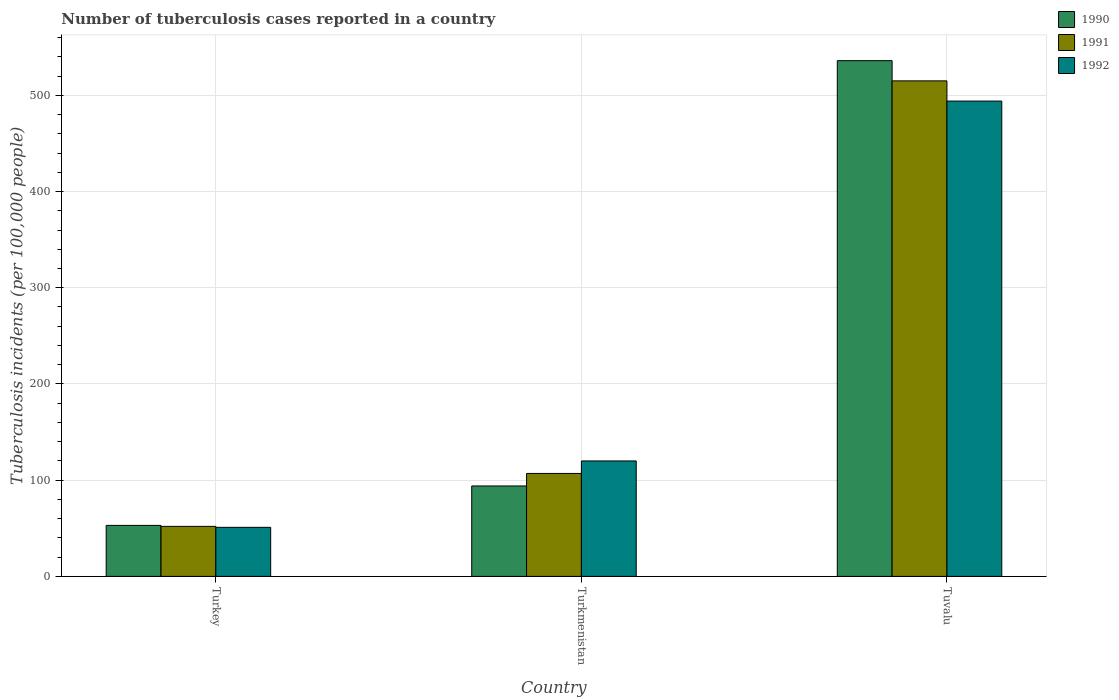
| Country | 1990 | 1991 | 1992 |
 | --- | --- | --- | --- |
 | Turkey | 53 | 52 | 51 |
 | Turkmenistan | 94 | 107 | 120 |
 | Tuvalu | 536 | 515 | 494 |